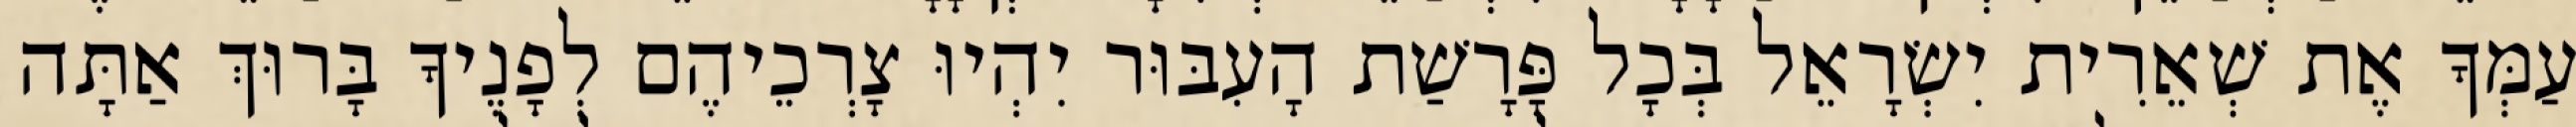
עַמְּךָ אֶת שְׁאֵרִית יִשְׂרָאֵל בְּכָל פָּרָשַׁת הָעִבּוּר יִהְיוּ צָרְכֵיהֶם לְפָנֶיךָ בָּרוּךְ אַתָּה